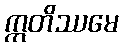
ဣတိဿမေ